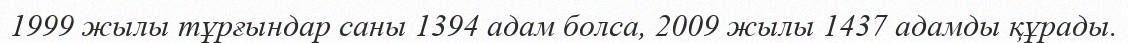
1999 жылы тұрғындар саны 1394 адам болса, 2009 жылы 1437 адамды құрады.